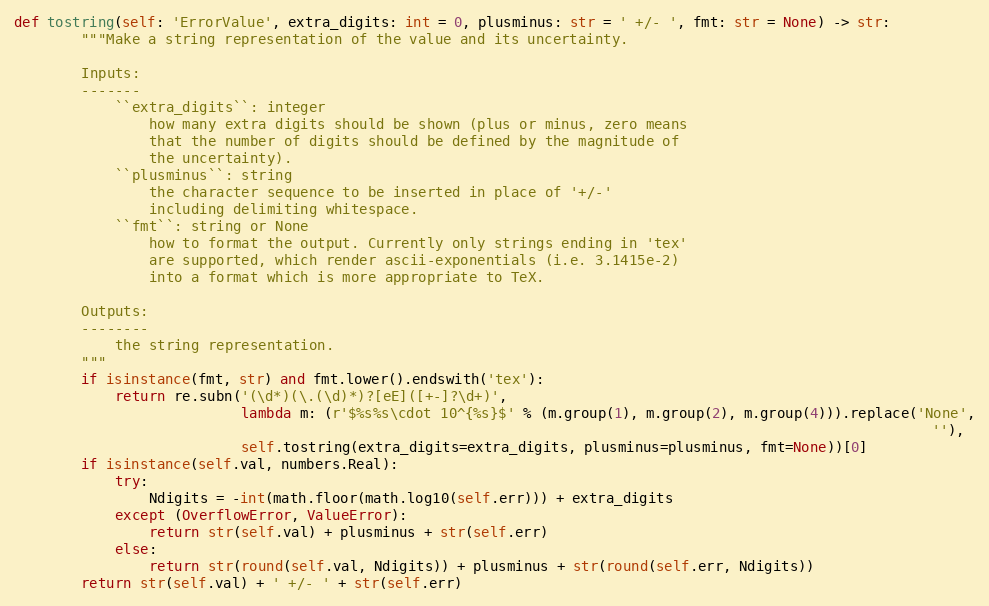
Language: Python
def tostring(self: 'ErrorValue', extra_digits: int = 0, plusminus: str = ' +/- ', fmt: str = None) -> str:
        """Make a string representation of the value and its uncertainty.

        Inputs:
        -------
            ``extra_digits``: integer
                how many extra digits should be shown (plus or minus, zero means
                that the number of digits should be defined by the magnitude of
                the uncertainty).
            ``plusminus``: string
                the character sequence to be inserted in place of '+/-'
                including delimiting whitespace.
            ``fmt``: string or None
                how to format the output. Currently only strings ending in 'tex'
                are supported, which render ascii-exponentials (i.e. 3.1415e-2)
                into a format which is more appropriate to TeX.

        Outputs:
        --------
            the string representation.
        """
        if isinstance(fmt, str) and fmt.lower().endswith('tex'):
            return re.subn('(\d*)(\.(\d)*)?[eE]([+-]?\d+)',
                           lambda m: (r'$%s%s\cdot 10^{%s}$' % (m.group(1), m.group(2), m.group(4))).replace('None',
                                                                                                             ''),
                           self.tostring(extra_digits=extra_digits, plusminus=plusminus, fmt=None))[0]
        if isinstance(self.val, numbers.Real):
            try:
                Ndigits = -int(math.floor(math.log10(self.err))) + extra_digits
            except (OverflowError, ValueError):
                return str(self.val) + plusminus + str(self.err)
            else:
                return str(round(self.val, Ndigits)) + plusminus + str(round(self.err, Ndigits))
        return str(self.val) + ' +/- ' + str(self.err)